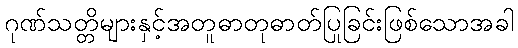
ဂုဏ်သတ္တိများနှင့်အတူဓာတုဓာတ်ပြုခြင်းဖြစ်သောအခါ